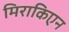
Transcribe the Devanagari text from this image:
मिराकिएन